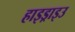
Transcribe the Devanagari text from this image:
हाइड्राइउ